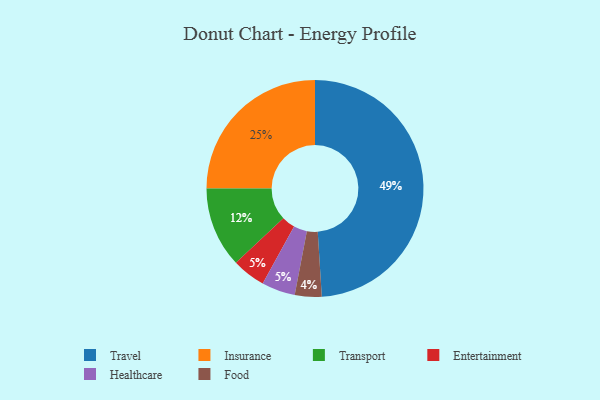
{"axis": {"x": "Category", "y": "Percentage"}, "legend": ["Entertainment", "Food", "Healthcare", "Insurance", "Transport", "Travel"], "data": [{"x": "Transport", "y": 12, "type": "Transport"}, {"x": "Insurance", "y": 25, "type": "Insurance"}, {"x": "Travel", "y": 49, "type": "Travel"}, {"x": "Entertainment", "y": 5, "type": "Entertainment"}, {"x": "Food", "y": 4, "type": "Food"}, {"x": "Healthcare", "y": 5, "type": "Healthcare"}]}